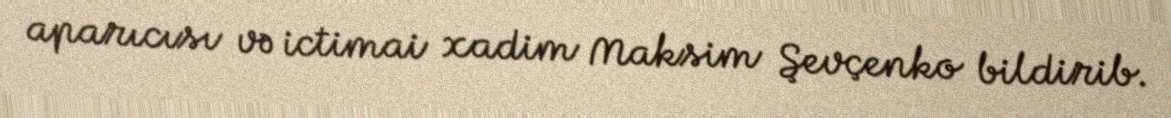
aparıcısı və ictimai xadim Maksim Şevçenko bildirib.